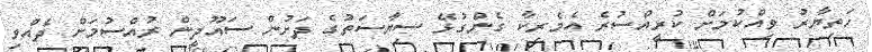
ހަތިޔާރު ވިއްކުމަށް ކުރީއްސުރެ އެމެރިކާ ގެންގުޅޭ ސިޔާސަތުގެ ދަށުން ސައޫދީން ރުއްސުމަށް ދެއްވި